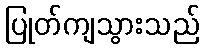
ပြုတ်ကျသွားသည်